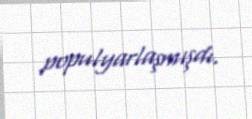
populyarlaşmışdı.